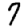
Digit: 7